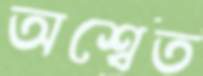
অশ্বেত